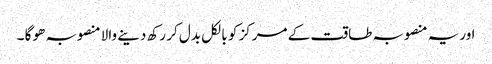
اوریہ منصوبہ طاقت کے مرکز کو بالکل بدل کر رکھ دینے والا منصوبہ ھو گا ۔